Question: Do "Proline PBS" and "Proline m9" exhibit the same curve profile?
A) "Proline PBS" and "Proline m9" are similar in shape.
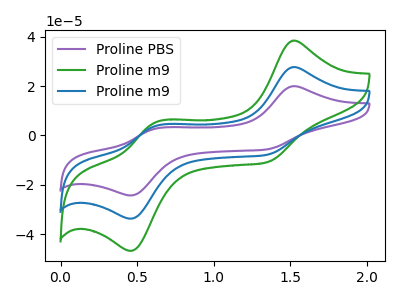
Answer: <think>The purple curve "Proline PBS" has anodic peaks at (1.50V, 19.95uA) (0.60V, 2.75uA) and cathodic peaks at (1.35V, -5.60uA) (0.45V, -24.30uA). The green curve "Proline m9" has anodic peaks at (1.50V, 55.40uA) (0.60V, 7.55uA) and cathodic peaks at (1.35V, -15.60uA) (0.45V, -67.40uA). The blue curve "Proline m9" has anodic peaks at (1.50V, 27.70uA) (0.60V, 3.80uA) and cathodic peaks at (1.35V, -7.80uA) (0.45V, -33.70uA).
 All the peaks in "Proline PBS" have a peak in "Proline m9" at the same potential. Every peak in "Proline PBS" is lower than every peak in "Proline m9".</think>
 <answer>A) "Proline PBS" and "Proline m9" are similar in shape.</answer>
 <eval>A</eval>